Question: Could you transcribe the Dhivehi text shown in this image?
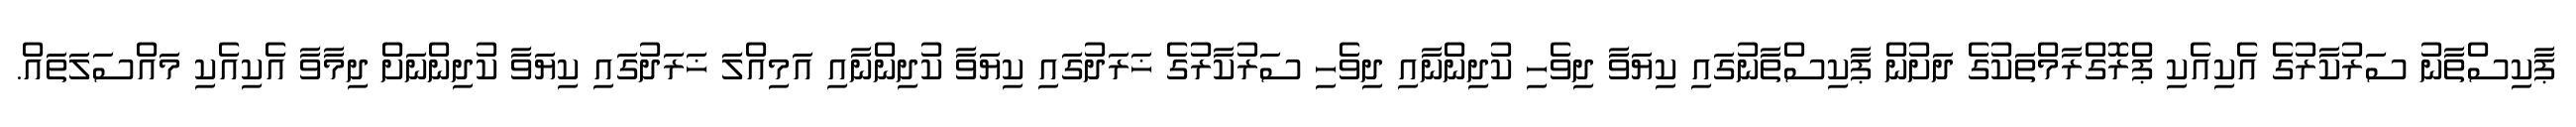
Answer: ޕާކިސްތާނު ސަރުކާރުގެ އެކިއެކި ޕްރޮގްރާމްތަކުގެ ދަށުން ޕާކިސްތާނުގައި ކިޔަވާ ދިވެހި ކުދިންނާއި ދިވެހި ސަރުކާރުގެ ޚަރަދުގައި ކިޔަވާ ކުދިންނާއި އަމިއްލަ ޚަރަދުގައި ކިޔަވާ ކުދިންނަށް ދިމާވާ އެކިއެކި މައްސަލަތައް.